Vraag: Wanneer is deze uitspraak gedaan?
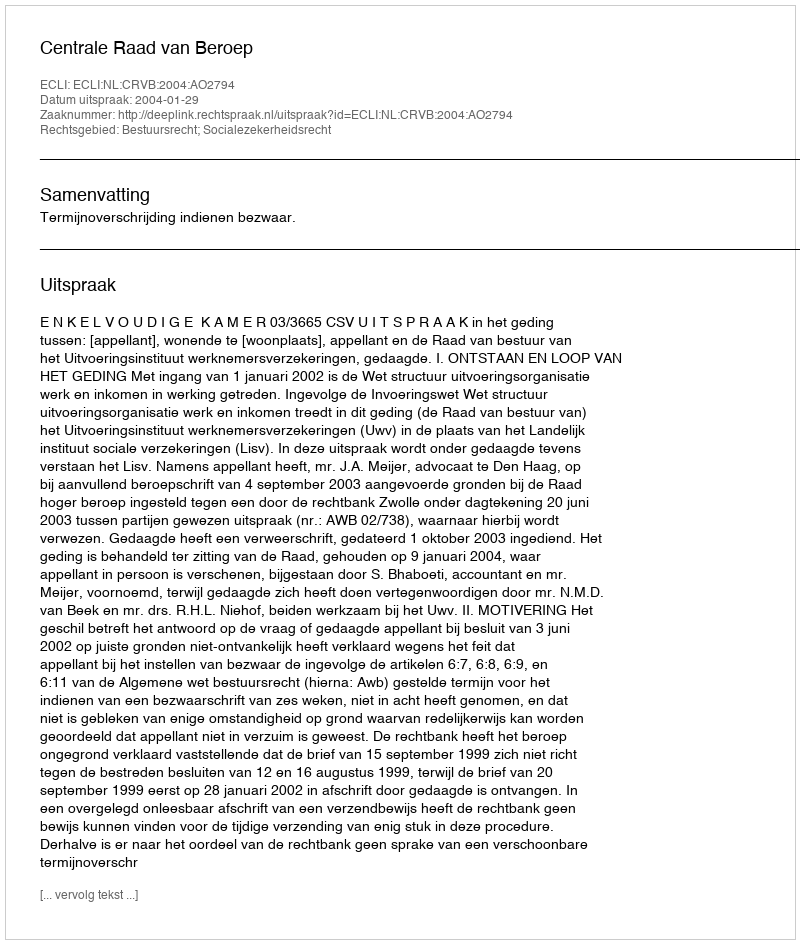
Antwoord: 2004-01-29